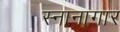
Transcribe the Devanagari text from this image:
स्‍नानागार